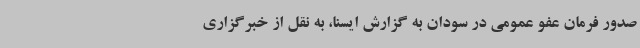
صدور فرمان عفو عمومی در سودان به گزارش ایسنا، به نقل از خبرگزاری